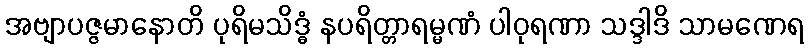
အဗျာပဇ္ဇမာနောတိ ပုရိမသိဒ္ဓံ နပရိတ္တာရမ္မဏံ ပါဝုရဏာ သဒ္ဒါဒိ သာမဏေရ